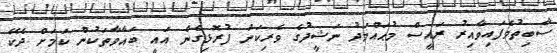
ސާބިތުވެފައިވާއިރު ރައީސް މުޙައްމަދު ނަޝީދުގެ ވެރިކަން ފުރޮޅިގެން އައީ ބަޣާވާތަކުން ކަމަށް ދެކޭ